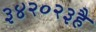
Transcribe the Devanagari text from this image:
३४२०२३है